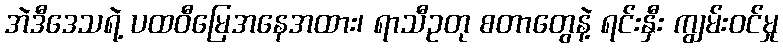
အဲဒီဒေသရဲ့ ပထဝီမြေအနေအထား၊ ရာသီဥတု စတာတွေနဲ့ ရင်းနှီး ကျွမ်းဝင်မှု